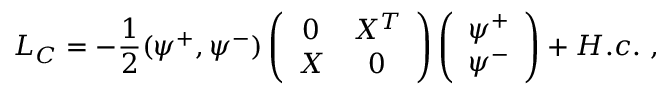
{ \cal L } _ { C } = - \frac { 1 } { 2 } ( \psi ^ { + } , \psi ^ { - } ) \left( \begin{array} { c c } { { 0 } } & { { X ^ { T } } } \\ { { X } } & { { 0 } } \end{array} \right) \left( \begin{array} { c } { { \psi ^ { + } } } \\ { { \psi ^ { - } } } \end{array} \right) + H . c . \ ,